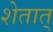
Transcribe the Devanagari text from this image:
शेतात्